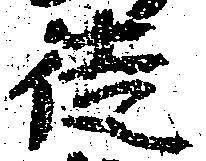
徒